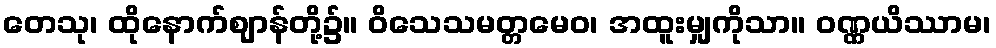
တေသု၊ ထိုနောက်ဈာန်တို့၌။ ဝိသေသမတ္တမေဝ၊ အထူးမျှကိုသာ။ ဝဏ္ဏယိဿာမ၊